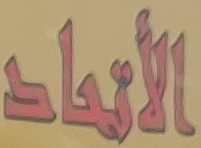
الأتحاد